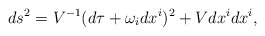
\begin{align*}ds^2= V^{-1} (d\tau + \omega _i dx^i)^2 + V dx^i dx^i,\end{align*}